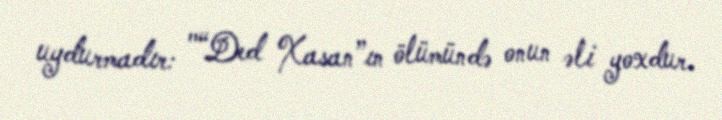
uydurmadır: "“Ded Xasan”ın ölümündə onun əli yoxdur.